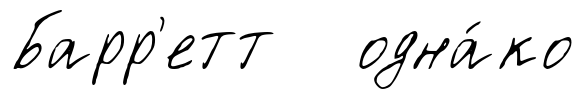
Барр'етт одна́ко